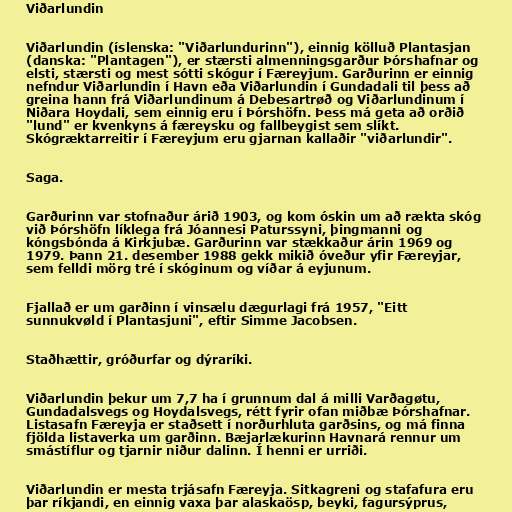
Viðarlundin

Viðarlundin (íslenska: "Viðarlundurinn"), einnig kölluð Plantasjan
(danska: "Plantagen"), er stærsti almenningsgarður Þórshafnar og
elsti, stærsti og mest sótti skógur í Færeyjum. Garðurinn er einnig
nefndur Viðarlundin í Havn eða Viðarlundin í Gundadali til þess að
greina hann frá Viðarlundinum á Debesartrøð og Viðarlundinum í
Niðara Hoydali, sem einnig eru í Þórshöfn. Þess má geta að orðið
"lund" er kvenkyns á færeysku og fallbeygist sem slíkt.
Skógræktarreitir í Færeyjum eru gjarnan kallaðir "viðarlundir".

Saga.

Garðurinn var stofnaður árið 1903, og kom óskin um að rækta skóg
við Þórshöfn líklega frá Jóannesi Paturssyni, þingmanni og
kóngsbónda á Kirkjubæ. Garðurinn var stækkaður árin 1969 og
1979. Þann 21. desember 1988 gekk mikið óveður yfir Færeyjar,
sem felldi mörg tré í skóginum og víðar á eyjunum.

Fjallað er um garðinn í vinsælu dægurlagi frá 1957, "Eitt
sunnukvøld í Plantasjuni", eftir Simme Jacobsen.

Staðhættir, gróðurfar og dýraríki.

Viðarlundin þekur um 7,7 ha í grunnum dal á milli Varðagøtu,
Gundadalsvegs og Hoydalsvegs, rétt fyrir ofan miðbæ Þórshafnar.
Listasafn Færeyja er staðsett í norðurhluta garðsins, og má finna
fjölda listaverka um garðinn. Bæjarlækurinn Havnará rennur um
smástíflur og tjarnir niður dalinn. Í henni er urriði.

Viðarlundin er mesta trjásafn Færeyja. Sitkagreni og stafafura eru
þar ríkjandi, en einnig vaxa þar alaskaösp, beyki, fagursýprus,